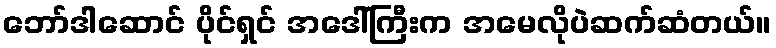
ဘော်ဒါဆောင် ပိုင်ရှင် အဒေါ်ကြီးက အမေလိုပဲဆက်ဆံတယ်။